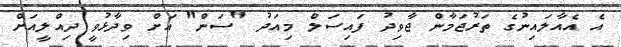
އެ އެއާލައިނުގެ ތަރުޖަމާން ޖާވިދު ފައިސަލް މިއަދު "ސަން" އަށް ވިދާޅުވީ ދިއްލީއަށް